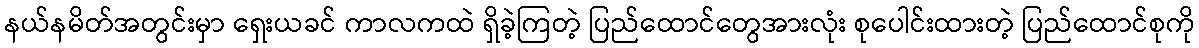
နယ်နမိတ်အတွင်းမှာ ရှေးယခင် ကာလကထဲ ရှိခဲ့ကြတဲ့ ပြည်ထောင်တွေအားလုံး စုပေါင်းထားတဲ့ ပြည်ထောင်စုကို